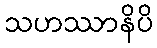
သဟဿာနိပိ